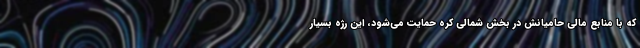
که با منابع مالی حامیانش در بخش شمالی کره حمایت می‌شود، این رژه بسیار